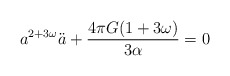
\begin{align*}a^{2+3\omega}\ddot{a}+\frac{4\pi G(1+3\omega)}{3\alpha}=0\end{align*}